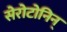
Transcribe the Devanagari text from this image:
सेरोटोनिन्